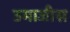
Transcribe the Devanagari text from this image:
उमाजीस